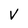
Character: V